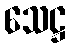
သေဋ္ဌ